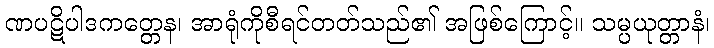
ဏပဋိပါဒကတ္တေန၊ အာရုံကိုစီရင်တတ်သည်၏ အဖြစ်ကြောင့်။ သမ္ပယုတ္တာနံ၊